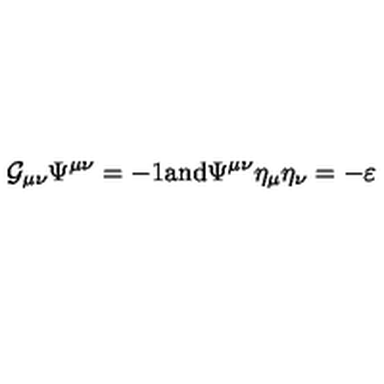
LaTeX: { \cal G } _ { \mu \nu } \Psi ^ { \mu \nu } = - 1 \mathrm { a n d } \Psi ^ { \mu \nu } \eta _ { \mu } \eta _ { \nu } = - \varepsilon